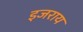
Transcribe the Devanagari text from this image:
इजराय